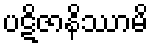
ပဋိဇာနိဿာမိ